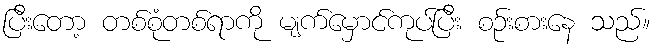
ပြီးတော့ တစ်စုံတစ်ရာကို မျက်မှောင်ကုပ်ပြီး စဉ်းစားနေ သည်။